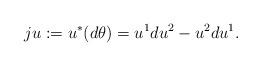
LaTeX: \begin{align*}ju:=u^*(d\theta)=u^1du^2-u^2du^1.\end{align*}